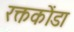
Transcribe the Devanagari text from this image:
रक्तकोंडा